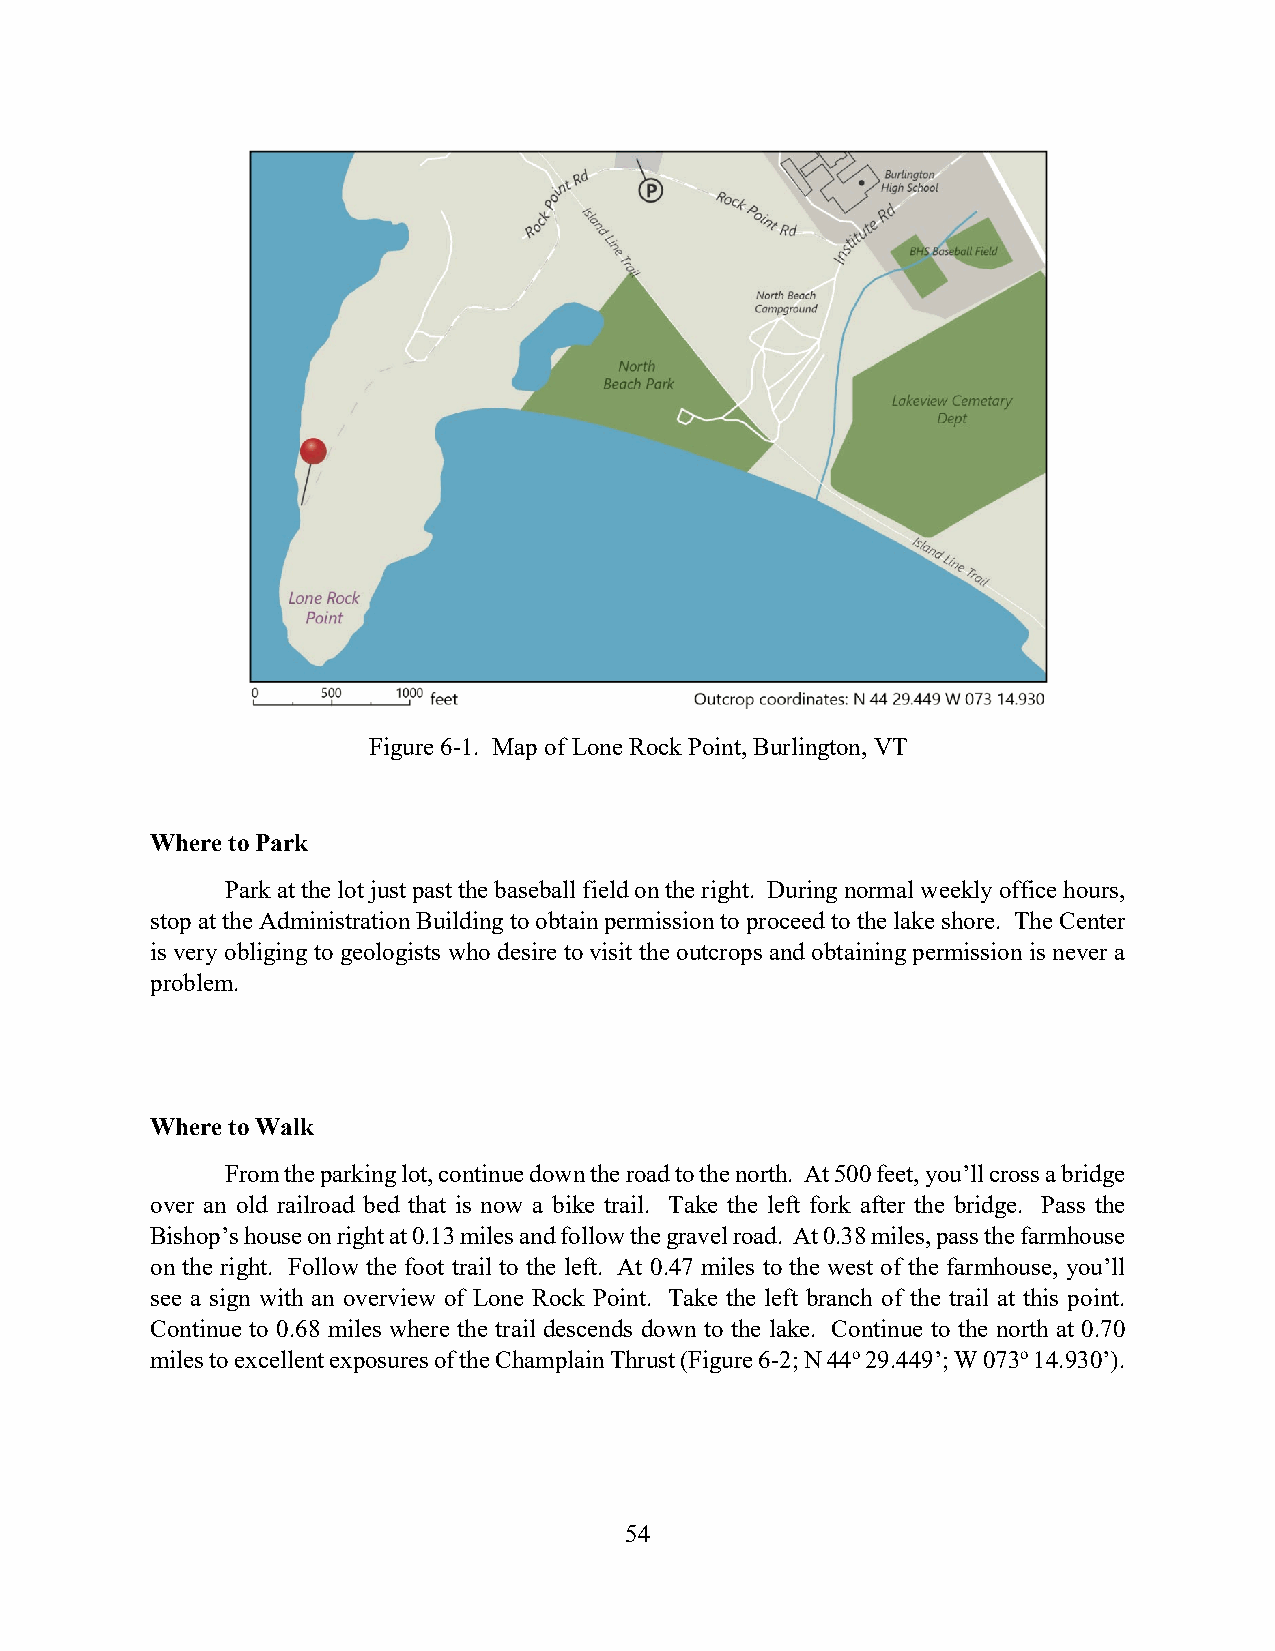
Figure 6-1. Map of Lone Rock Point, Burlington, VT
 Where to Park
 Park at the lot just past the baseball field on the right. During normal weekly office hours,
 stop at the Administration Building to obtain permission to proceed to the lake shore. The Center
 is very obliging to geologists who desire to visit the outcrops and obtaining permission is never a
 problem.
 Where to Walk
 From the parking lot, continue down the road to the north. At 500 feet, you’ll cross a bridge
 over an old railroad bed that is now a bike trail. Take the left fork after the bridge. Pass the
 Bishop’s house on right at 0.13 miles and follow the gravel road. At 0.38 miles, pass the farmhouse
 on the right. Follow the foot trail to the left. At 0.47 miles to the west of the farmhouse, you’ll
 see a sign with an overview of Lone Rock Point. Take the left branch of the trail at this point.
 Continue to 0.68 miles where the trail descends down to the lake. Continue to the north at 0.70
 miles to excellent exposures of the Champlain Thrust (Figure 6-2; N 44o 29.449’; W 073o 14.930’).
 54